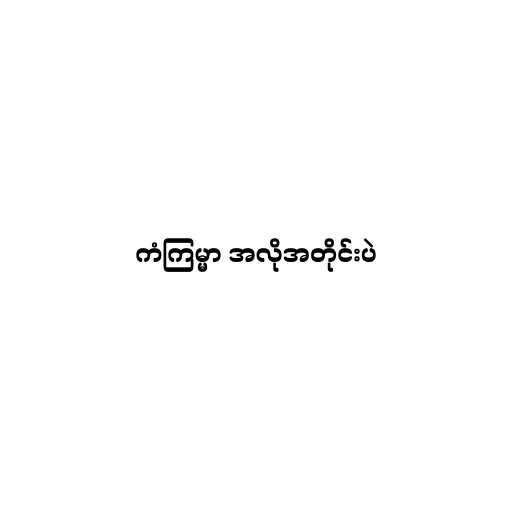
ကံကြမ္မာ အလိုအတိုင်းပဲ